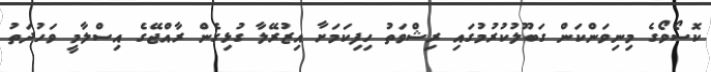
ކޮސޯވޯގެ މިނިވަންކަން ގަބޫލުކުރުމުގައި ރިޝްވަތު ހިފިކަމަށާ އިޒުރޭލާ ގުޅިގެން ރާއްޖޭގެ އިސްލާމީ ވަހުދަތު